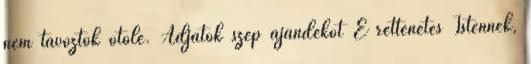
nem távoztok õtõle. Adjatok szép ajándékot E rettenetes Istennek,